Vaccination returns of the Province of Eastern Bengal and Assam - 1905-1912
Year: 1905
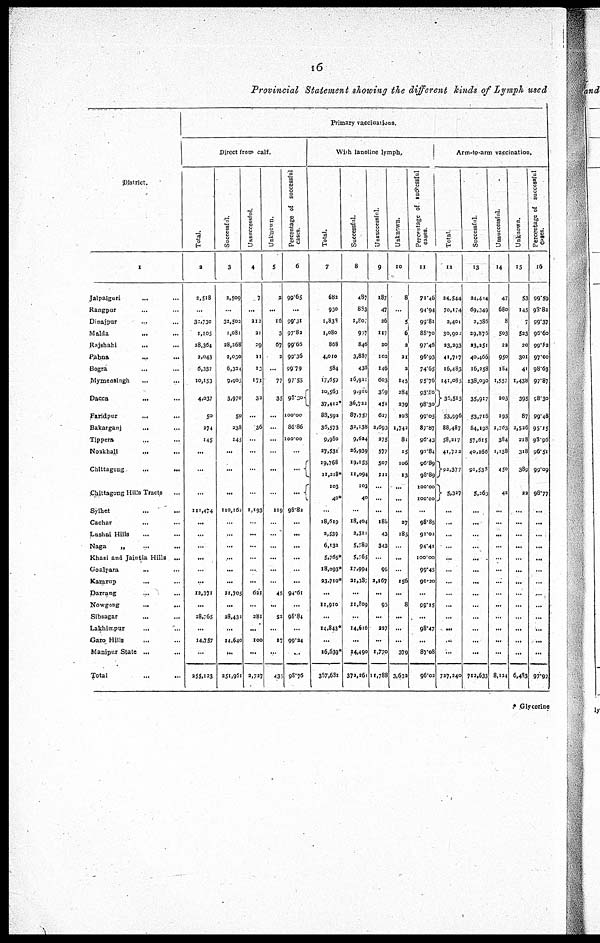
16
Provincial Statement showing the different kinds of Lymph used
District.
1
Jalpaiguri ... ...
Rangpur ... ...
Dinajpur ... ...
Malda ... ...
Rajshahi
... ...
Pabna
... ...
Bogra ... ...
Mymensingh ... ...
Dacca
... ...
Fatidpur
... ...
Bakarganj
... ...
Tippera ... ...
Noakhali ... ...
Chittagong
...
...
Chittagong Hills Tracts
Sylhet ... ...
Cachar ... ...
Lushai Hills ... ...
Naga
„ ... ...
Khasi and Jaintia Hills ...
Goalpara
...
...
Kamrup
...
...
Darrang ... ...
Nowgong
...
...
Sibsagar
...
...
Lakhimpur ... ...
Garo Hills ... ...
Manipur State ... ...
Total
Primary vaccinations.
Direct from calf.
Total.
2
2,518
...
32,730
1,105
29,364
2,043
6,337
10,153
4,037
50
274
145
...
...
...
111,474
...
...
...
...
...
...
12,371
...
28,765
...
14,757
...
255,123
Suceessful.
3
2,509
...
32,502
1,081
28,268
2,030
6,331
9,003
3,970
50
238
145
...
...
...
110,162
...
...
...
...
...
...
11,705
...
28,432
...
14,640
...
251,961
Unsuccessful.
4
7
...
212
21
29
11
13
171
32
...
36
...
...
...
...
1,193
...
...
...
...
...
...
621
...
281
...
100
...
2,723
Unknown.
5
2
...
16
3
67
3
...
77
35
...
...
...
...
...
119
...
...
...
...
...
...
45
...
52
...
17
...
435
Percentage of successful
cases.
6
99.65
...
99.31
97.82
99.66
99.36
99.79
97.55
98.30
100.00
86.86
100.00
...
...
...
98.82
...
...
...
...
...
...
94.61
...
98.84
...
99.24
...
98.76
With lanoline lymph.
Total.
7
683
930
1,838
1,080
868
4,010
584
17,659
10,563
37,412*
88,592
36,573
9,980
27,531
19,768
11,218*
103
40*
...
18,619
2,539
6,132
5,765*
18,093*
23,710*
...
11,910
...
14,843*
...
16,639*
337,631
Successful.
8
487
883
1,807
957
846
3,837
436
16,911
9,910
36,722
87,757
32,138
9,634
26,939
19,155
11,094
103
40
...
18,404
2,311
5,789
5,765
17,994
21,387
...
11,809
...
14,616
...
14,490
372,261
Unsuccessful.
9
187
47
36
117
30
102
146
603
369
451
637
2,693
375
577
507
111
...
...
...
188
43
343
...
99
2,167
...
93
...
227
...
1,770
11,788
Unknown.
10
8
...
5
6
2
21
2
145
284
339
203
1,742
81
15
106
13
...
...
...
37
185
...
...
...
156
...
8
...
...
...
379
3,632
Percentage of successful
cases.
11
71.46
94.94
99.81
88.70
97.46
96.93
74.65
95.76
93.80
98.30
99.05
87.87
96.43
97.84
96.89
98.89
100.00
100.00
...
98.85
91.02
94.41
100.00
99.45
90.20
...
99.15
...
98.47
...
87.08
96.02
Arm-to-arm vaccination.
Total.
12
24,544
70,174
2,401
30,902
23,393
41,717
16,483
141,085
35,515
53,996
88,487
58,317
41,722
92,377
5,327
...
...
...
...
...
...
...
...
...
...
...
...
...
727,240
Successful.
13
24,414
69,349
3,386
29,876
23,251
40,466
16,258
138,090
35,917
53,716
84,198
57,615
40,366
91,538
5,263
...
...
...
...
...
...
...
...
...
...
...
...
...
712,633
Unsuccessful.
14
47
680
8
503
22
950
I84
1,557
203
193
1,763
384
1,138
450
42
...
...
...
...
...
...
...
...
...
...
...
...
...
8,124
Unknown.
15
53
145
7
523
30
301
41
1,438
395
87
3,526
218
318
389
22
...
...
...
...
...
...
...
...
...
...
...
...
...
6,483
Percentage of successful
Cases.
16
99.59
98.82
99.37
96.60
99.82
97.00
98.63
97.87
98.30
99.48
95.15
98.96
96.51
99.09
98.77
...
...
...
...
...
...
...
...
...
...
...
...
...
97.99
* Glycerine